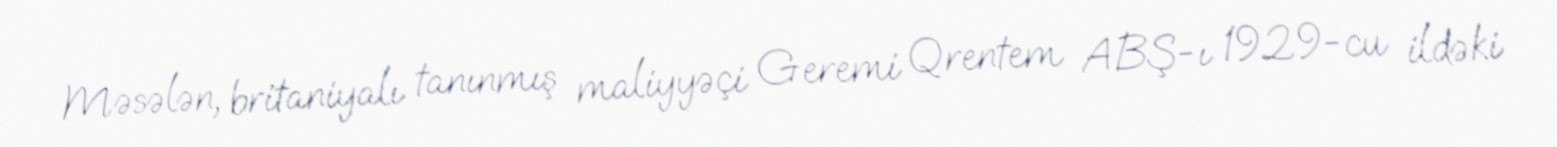
Məsələn, britaniyalı tanınmış maliyyəçi Geremi Qrentem ABŞ-ı 1929-cu ildəki